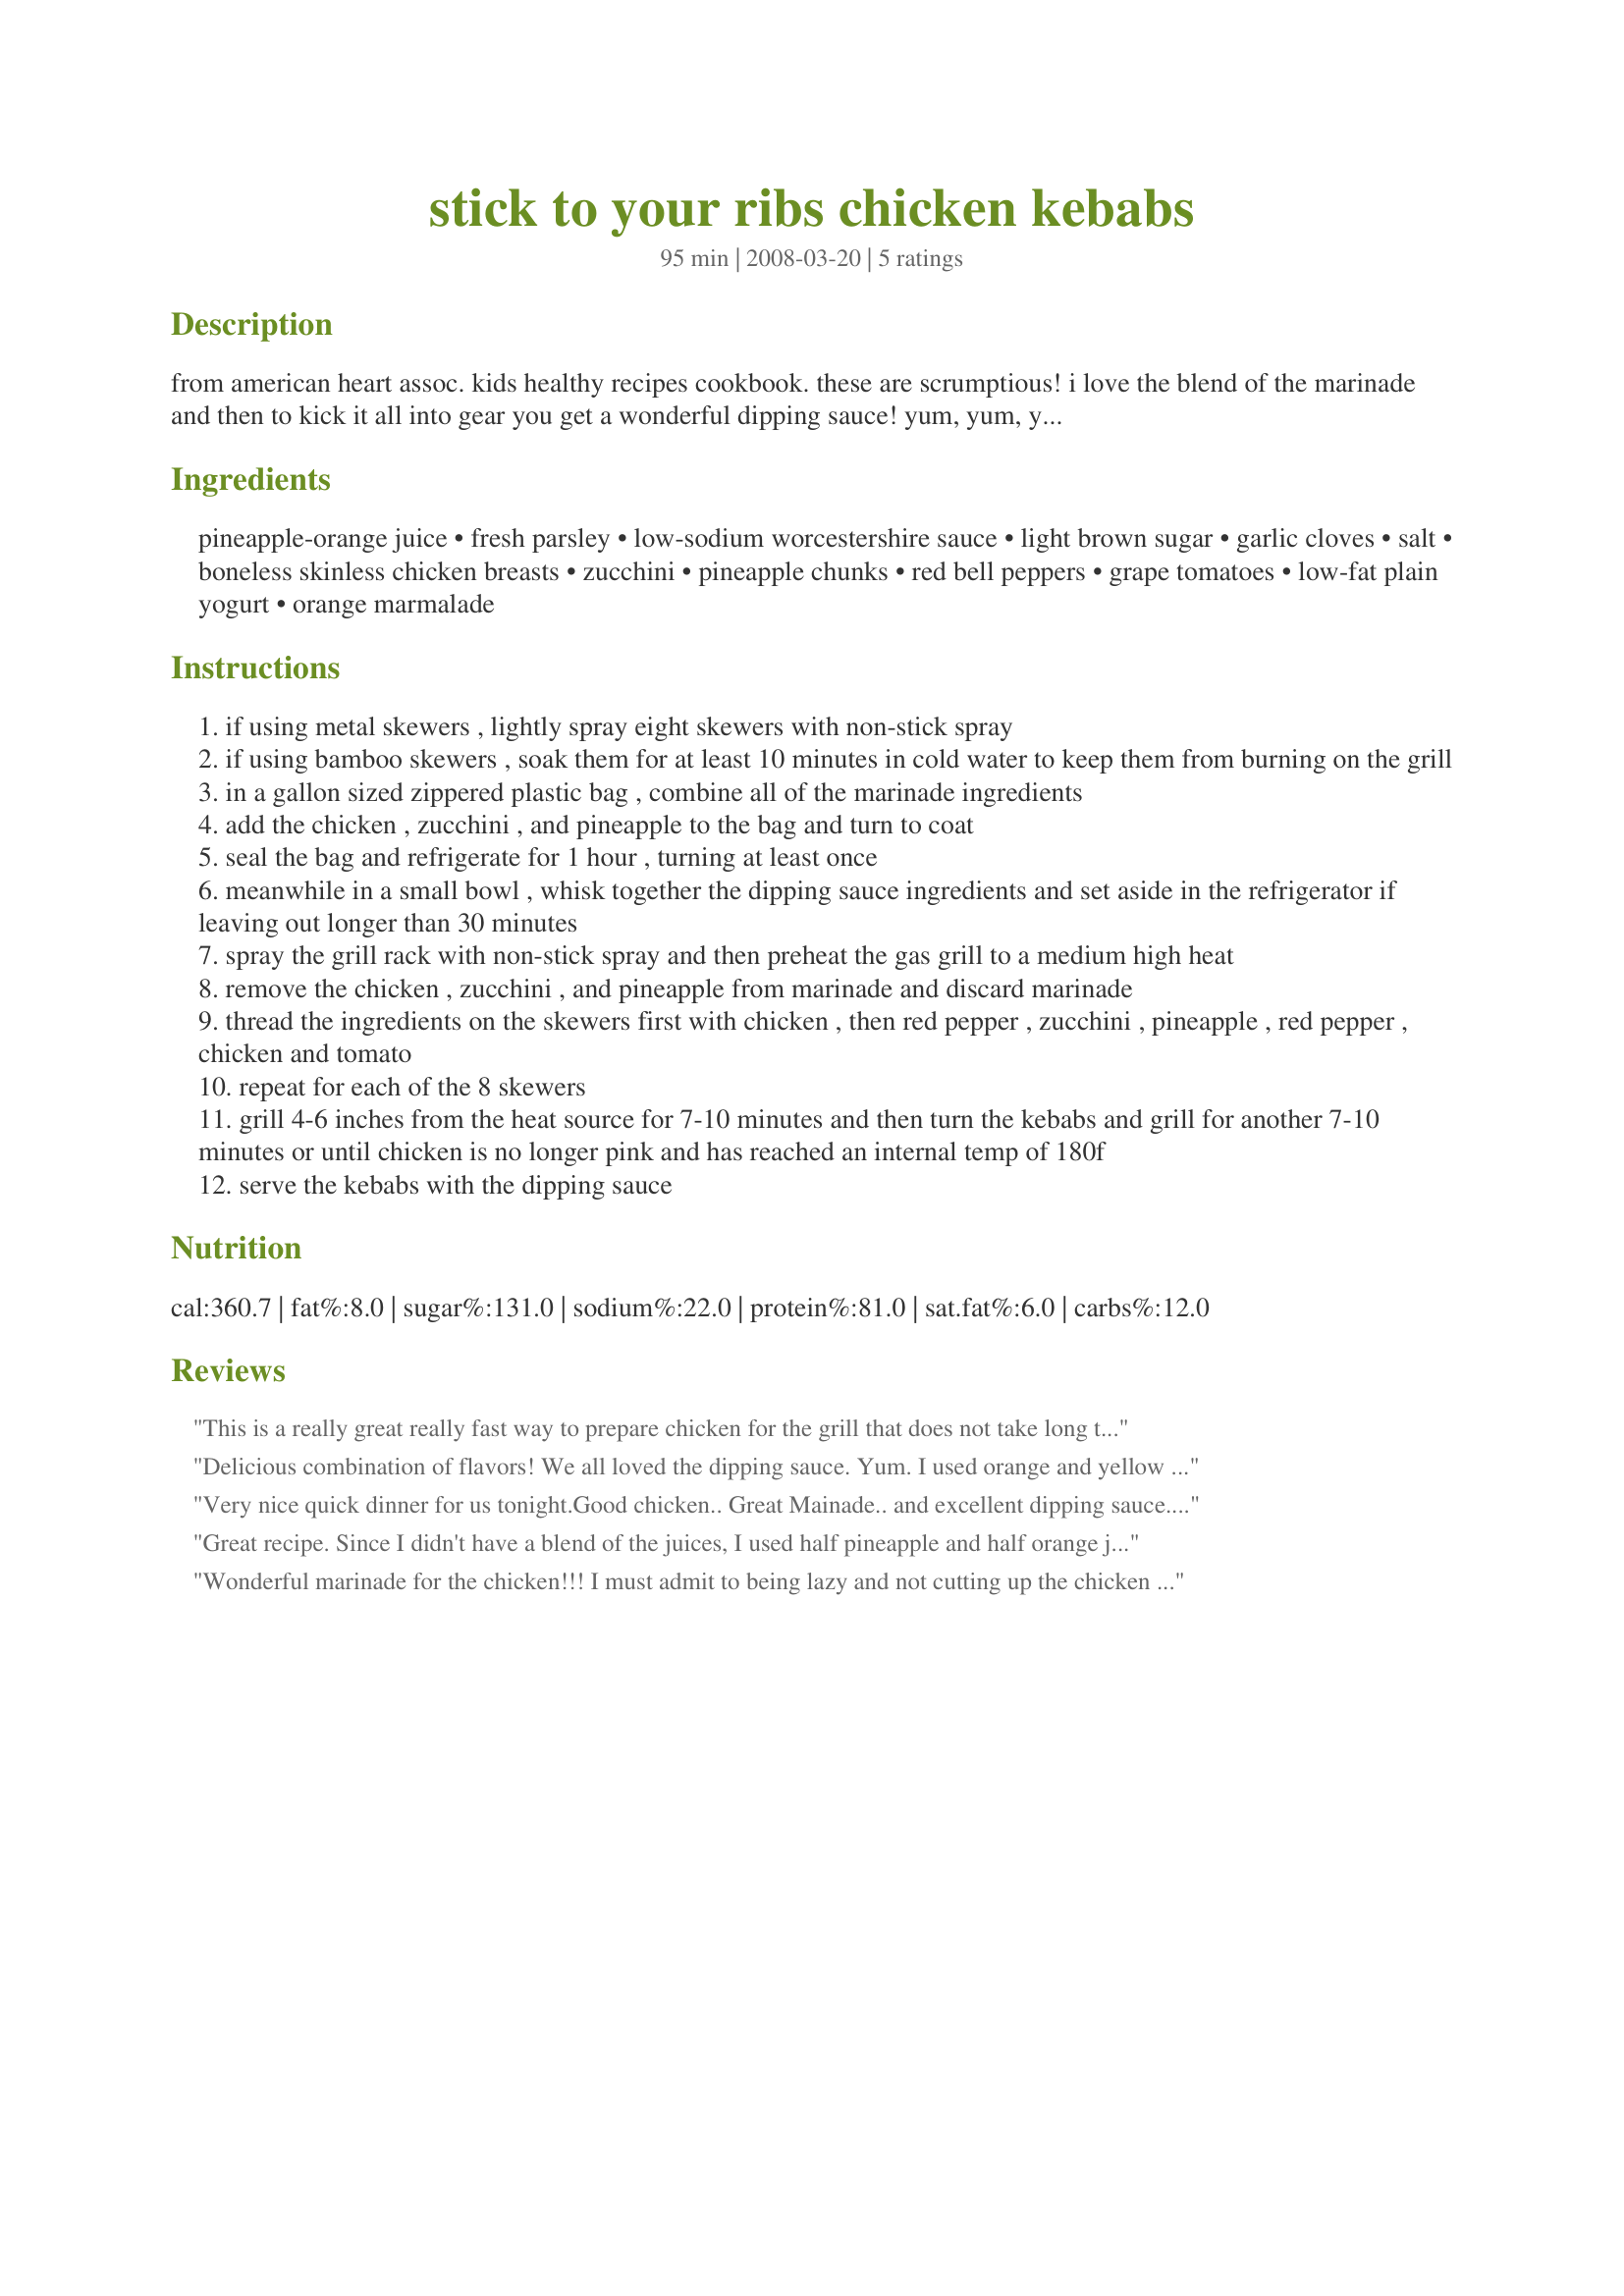
stick to your ribs chicken kebabs
Preparation time: 95 minutes

from american heart assoc. kids healthy recipes cookbook. these are scrumptious! i love the blend of the marinade and then to kick it all into gear you get a wonderful dipping sauce! yum, yum, yummy! fire up those grills!

Ingredients:
pineapple-orange juice, fresh parsley, low-sodium worcestershire sauce, light brown sugar, garlic cloves, salt, boneless skinless chicken breasts, zucchini, pineapple chunks, red bell peppers, grape tomatoes, low-fat plain yogurt, orange marmalade

Steps:
if using metal skewers , lightly spray eight skewers with non-stick spray
if using bamboo skewers , soak them for at least 10 minutes in cold water to keep them from burning on the grill
in a gallon sized zippered plastic bag , combine all of the marinade ingredients
add the chicken , zucchini , and pineapple to the bag and turn to coat
seal the bag and refrigerate for 1 hour , turning at least once
meanwhile in a small bowl , whisk together the dipping sauce ingredients and set aside in the refrigerator if leaving out longer than 30 minutes
spray the grill rack with non-stick spray and then preheat the gas grill to a medium high heat
remove the chicken , zucchini , and pineapple from marinade and discard marinade
thread the ingredients on the skewers first with chicken , then red pepper , zucchini , pineapple , red pepper , chicken and tomato
repeat for each of the 8 skewers
grill 4-6 inches from the heat source for 7-10 minutes and then turn the kebabs and grill for another 7-10 minutes or until chicken is no longer pink and has reached an internal temp of 180f
serve the kebabs with the dipping sauce

Reviews:
This is a really great really fast way to prepare chicken for the grill that does not take long to marinate at all. I say that as the first batch I made I let sit for about 6 hours and after was cooked realized the chicken had the consistency of baby food. So I made them again once I realized I had not followed the directions. The second time was a charm. Excellent flavor well seasoned and quick to boot. Could easily be done on a weeknight. Will be making this one again. Think the recipe would also work well with beef. Made for Potluck Tag January Special 09. Thanks for posting such a tasty and healthy recipe Hokey!
Delicious combination of flavors! We all loved the dipping sauce. Yum.
 I used orange and yellow bell peppers and vanilla yogurt as that was what I had on hand. Plus I omitted the cherry tomatoes for personal preference and instead I used mushrooms. Made for Potluck tag 2010.
Very nice quick dinner for us tonight.Good chicken.. Great Mainade.. and excellent dipping sauce. Marinated for 3 1/2 hours.. Did cut the back a hair, other than that made as posted. Great,,GREAT RECIPE..Melissa. Made for 2011 Cook Buffet..
Great recipe. Since I didn't have a blend of the juices, I used half pineapple and half orange juice. I omitted the salt in the marinade. I made a small batch of the dipping sauce cause I knew DH wouldn't like it because of the yogurt. It was very good and DH baked them at direct heat cause he was not patient to wait too long LOL Thanks Melissa :) Made for Market tag
Wonderful marinade for the chicken!!! I must admit to being lazy and not cutting up the chicken for kebobs but did cut up our preference of vegetables for kebobs, using onion and red bell peppers. My 17 yo DS ate a large piece of chicken, rice and green beans and still wanted another piece of the chicken. I did marinade the chicken for about 3 hours and used the marinade to baste during the beginning of the grilling. Thanks for sharing the recipe Hokies!! Made for Potluck Tag Game.
